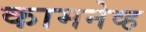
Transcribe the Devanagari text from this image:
कामनेव्ह